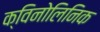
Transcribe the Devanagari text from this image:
क्विनोलिनिक